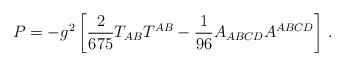
LaTeX: \begin{align*}P=-g^2\left[{2\over 675}T_{AB}T^{AB}-{1\over96}A_{ABCD}A^{ABCD}\right]\,. \end{align*}